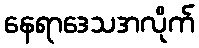
နေရာဒေသအလိုက်